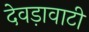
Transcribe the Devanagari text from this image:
देवड़ावाटी